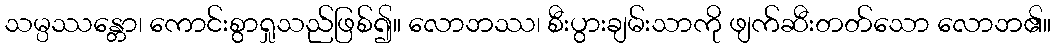
သမ္ပဿန္တော၊ ကောင်းစွာရှုသည်ဖြစ်၍။ လောဘဿ၊ စီးပွားချမ်းသာကို ဖျက်ဆီးတတ်သော လောဘ၏။